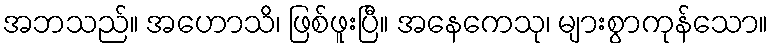
အဘသည်။ အဟောသိ၊ ဖြစ်ဖူးပြီ။ အနေကေသု၊ များစွာကုန်သော။